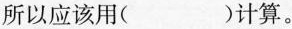
所以应该用( )计算。